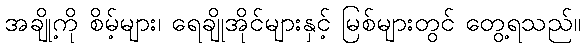
အချို့ကို စိမ့်များ၊ ရေချိုအိုင်များနှင့် မြစ်များတွင် တွေ့ရသည်။